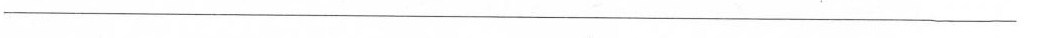
___.